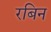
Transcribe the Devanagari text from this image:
रबिन